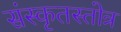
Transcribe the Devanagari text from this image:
संस्कृतस्तोत्र